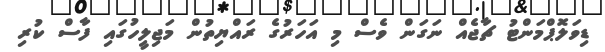
ޑިވަލޮޕްމަންޓު ޗާޖެއް ނަގަން ވެސް މި އަހަރުގެ ރައްޔިތުން މަޖިލީހުގައި ފާސް ކުރި